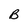
Character: B